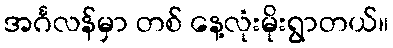
အင်္ဂလန်မှာ တစ် နေ့လုံးမိုးရွာတယ်။